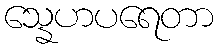
သ္နေဟပရေတာ